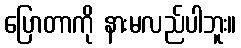
ပြောတာကို နားမလည်ပါဘူး။